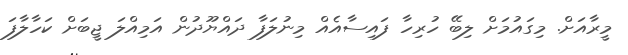
މީރާއަށް. މިގައުމަށް ލިބޭ ހުރިހާ ފައިސާއެއް މިނުލަފާ ދައްޔޫދުން އަމިއްލަ ޖީބަށް ކަހާލާފަ